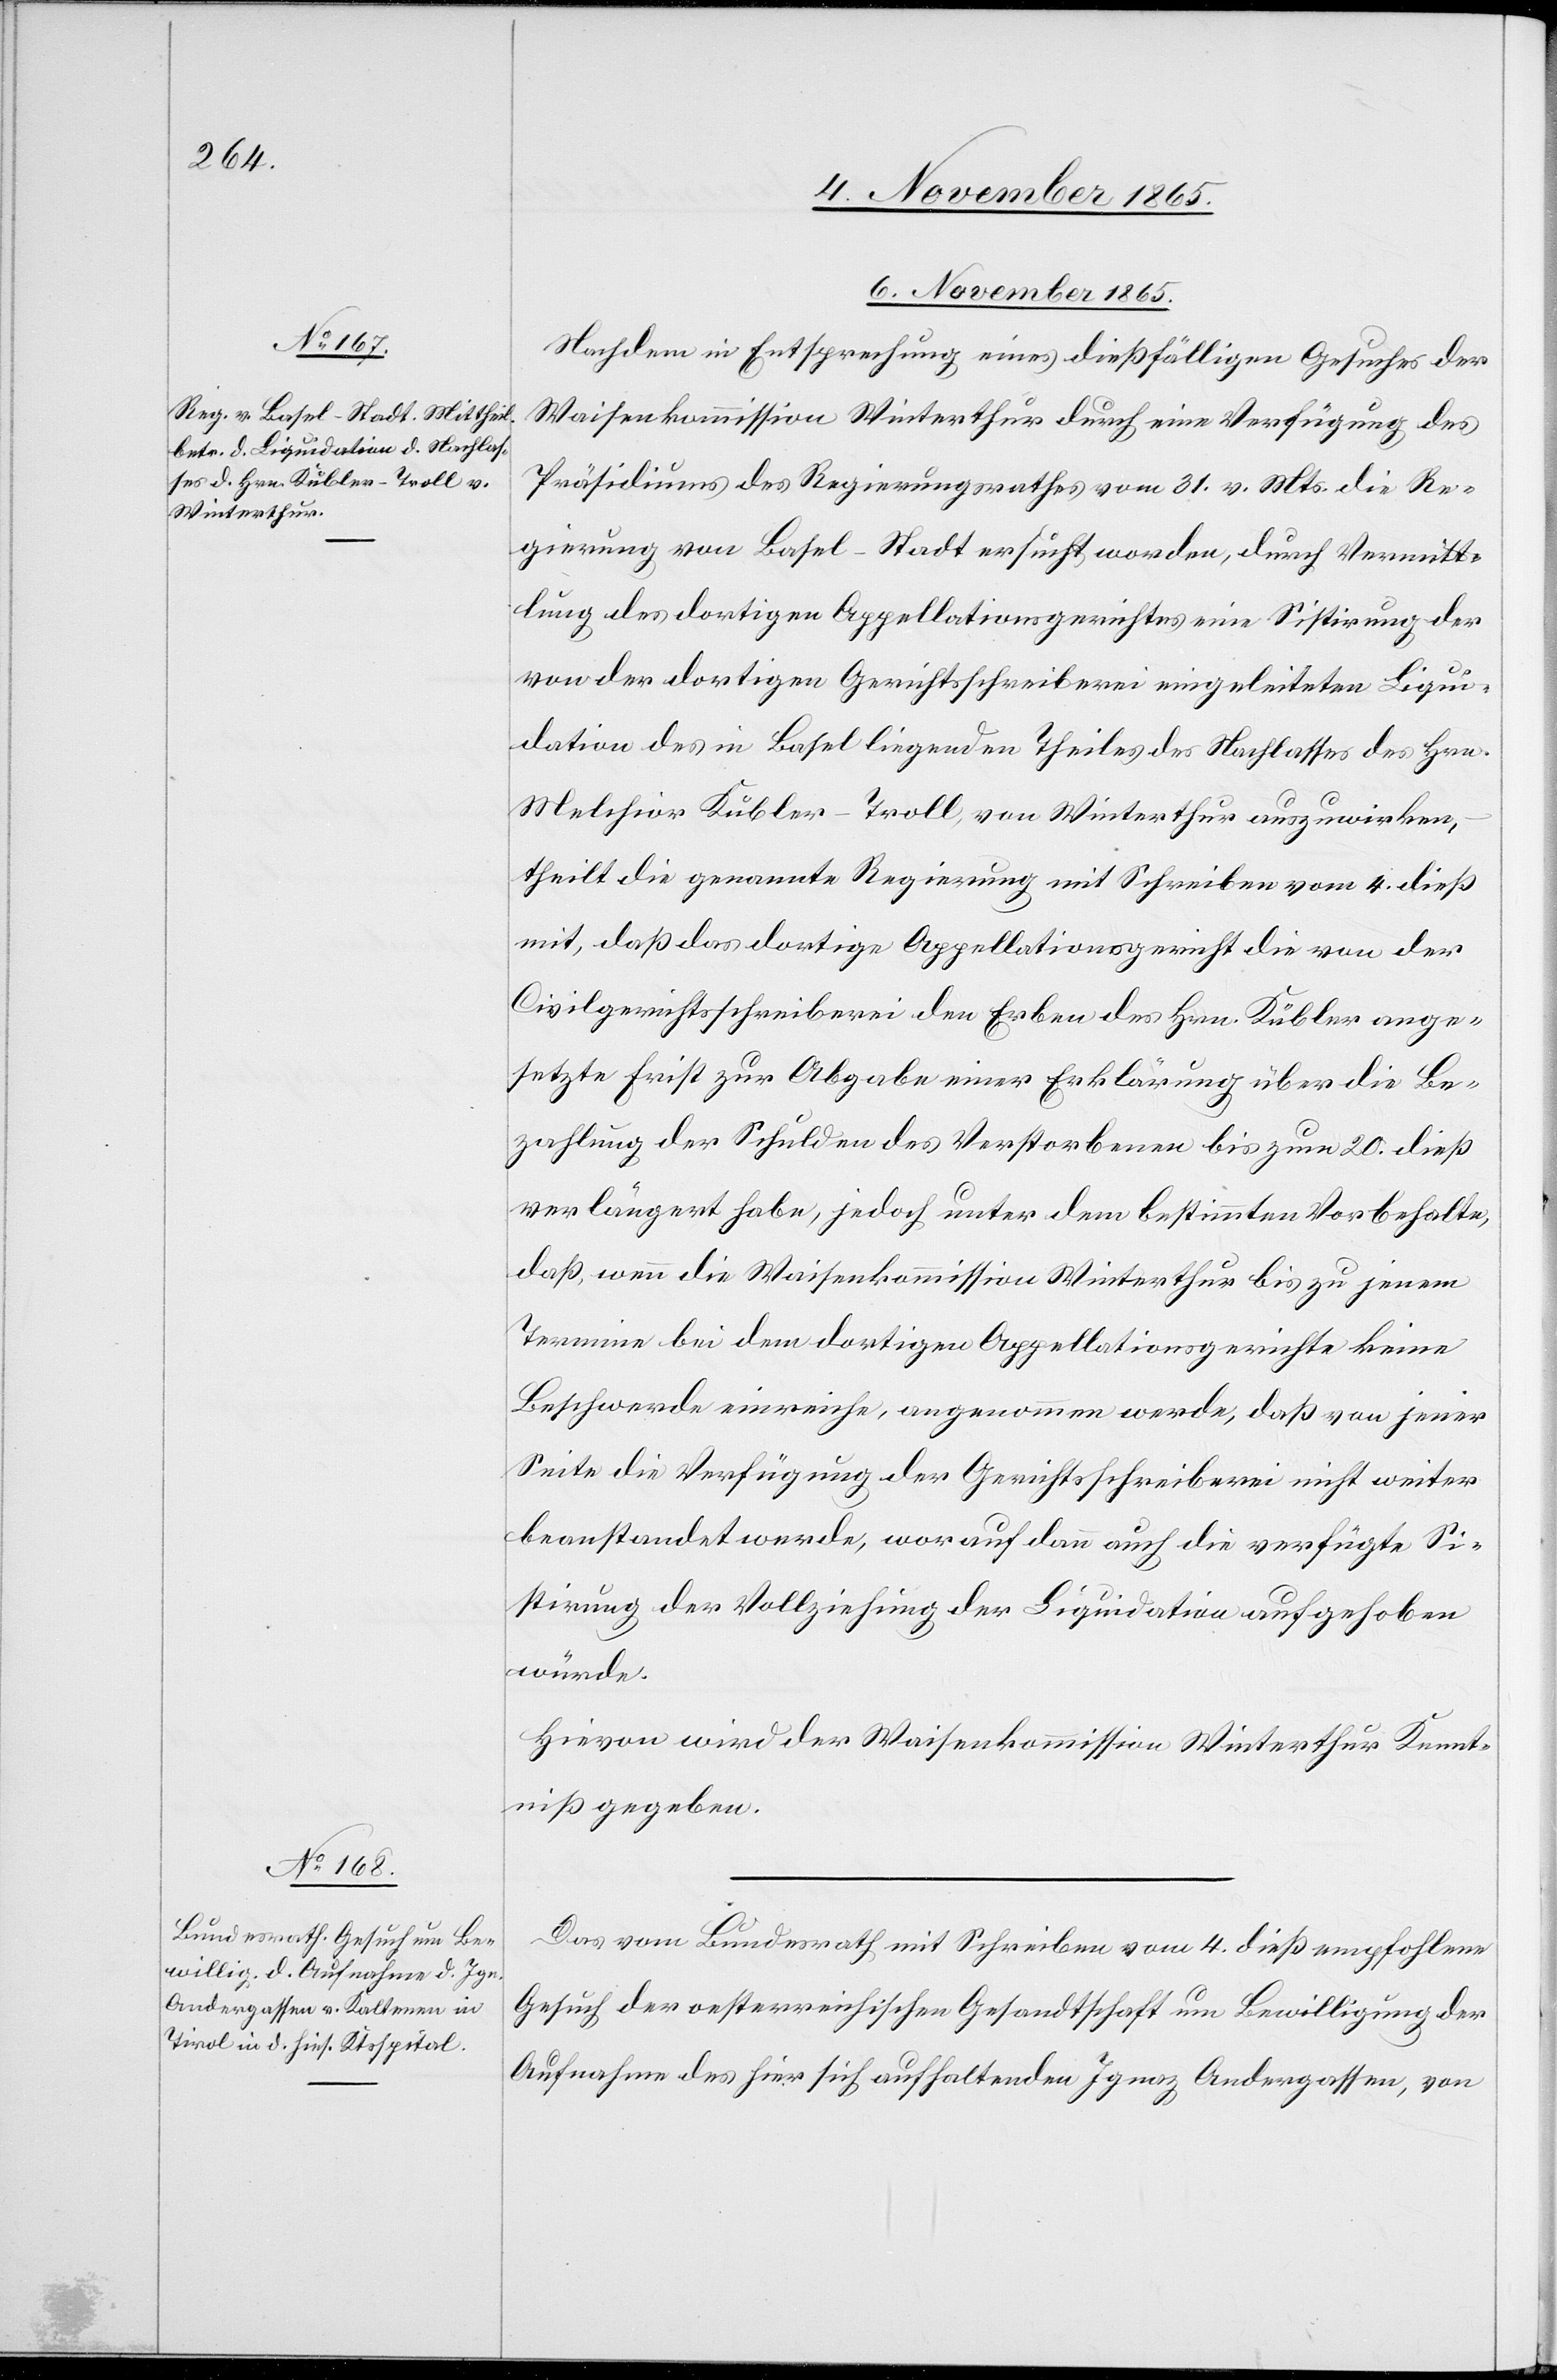
6. November 1865.]
Nachdem der Entsprechung eines dießfälligen Gesuches der
Waisenkommission Winterthur durch eine Verfügung des
Präsidiums des Regierungsrathes vom 31. v. Mts. die Re¬
gierung von Basel-Stadt ersucht worden, durch Vermitt¬
lung des dortigen Appellationsgerichtes eine Sistirung der
von der dortigen Gerichtsschreiberei eingeleiteten Liqui¬
dation des in Basel liegenden Theiles des Nachlasses des Hrn.
Melchior Kübler-Troll, von Winterthur auszuwirken,
theilt die genannte Regierung mit Schreiben vom 4. dieß
mit, daß das dortige Appellationsgericht die von der
Civilgerichtsschreiberei den Erben des Hrn. Kübler ange¬
setzte Frist zur Abgabe einer Erklärung über die Be¬
zahlung der Schulden des Verstorbenen bis zum 20. dieß
verlängert habe, jedoch unter dem bestimmten Vorbehalte,
daß, wenn die Waisenkommission Winterthur bis zu jenem
Termine bei dem dortigen Appellationsgerichte keine
Beschwerde einreiche, angenommen werde, daß von jener
Seite die Verfügung der Gerichtsschreiberei nicht weiter
beanstandet werde, worauf dann auch die verfügte Si¬
stirung der Vollziehung der Liquidation aufgehoben
würde.
Hievon wird der Waisenkommission Winterthur Kennt¬
niß gegeben.
Das vom Bundesrath mit Schreiben vom 4. dieß empfohlene
Gesuch der oesterreichischen Gesandtschaft um Bewilligung der
Aufnahme des hier sich aufhaltenden Ignaz Andergassen, von